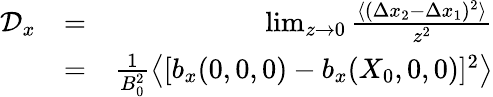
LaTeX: \begin{array}{rlr}{\mathcal D_{x}}&{=}&{\operatorname*{lim}_{z\to 0}\frac{\langle(\Delta x_{2}-\Delta x_{1})^{2}\rangle}{z^{2}}}\\ &{=}&{\frac{1}{B_{0}^{2}}\left\langle[b_{x}(0,0,0)-b_{x}(X_{0},0,0)]^{2}\right\rangle}\end{array}